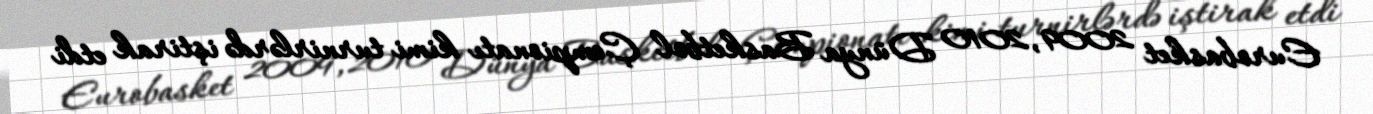
Eurobasket 2009, 2010 Dünya Basketbol Çempionatı kimi turnirlərdə iştirak etdi